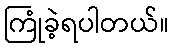
ကြုံခဲ့ရပါတယ်။